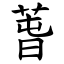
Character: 萅